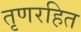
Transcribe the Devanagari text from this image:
तृणरहित